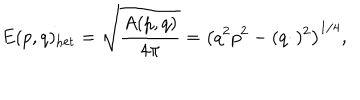
E ( p , q ) _ { \mathrm { h e t } } = \sqrt { \frac { A ( p , q ) } { 4 \pi } } = \left( q ^ { 2 } p ^ { 2 } - ( q \cdotp ) ^ { 2 } \right) ^ { 1 / 4 } ,